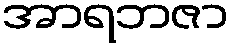
အာရဘဇာ